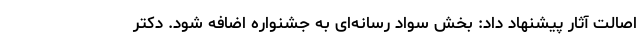
اصالت آثار پیشنهاد داد: بخش سواد رسانه‌ای به جشنواره اضافه شود. دکتر